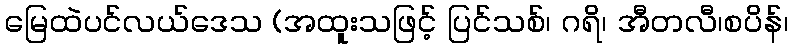
မြေထဲပင်လယ်ဒေသ (အထူးသဖြင့် ပြင်သစ်၊ ဂရိ၊ အီတလီ၊စပိန်၊